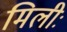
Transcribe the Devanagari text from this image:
मिलीः